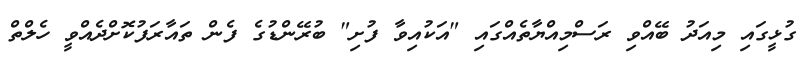
ގުޅީގައި މިއަދު ބޭއްވި ރަސްމިއްޔާތެއްގައި "އަކުއިވާ ފުށި" ބުރޭންޑުގެ ފެން ތައާރަފުކޮށްދެއްވީ ހެލްތް